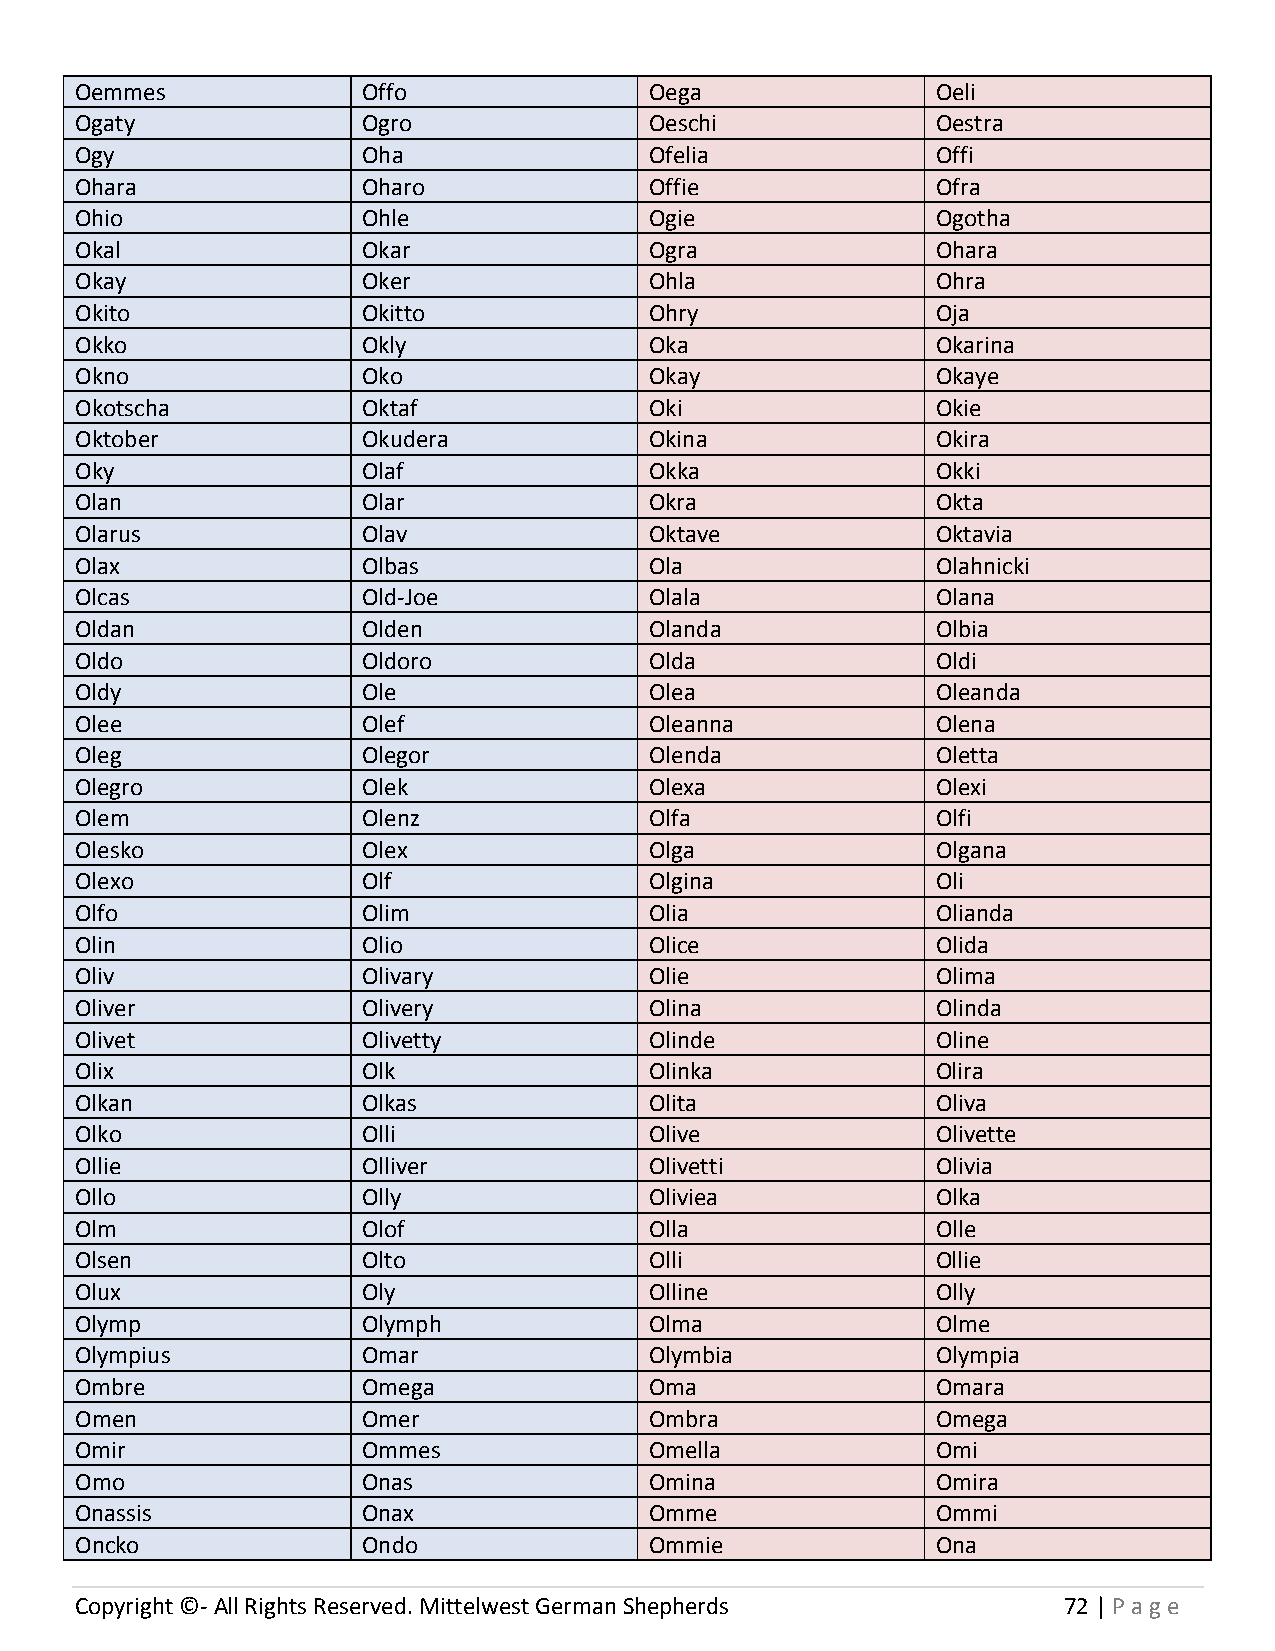
Oemmes             Offo               Oega               Oeli
 Ogaty              Ogro               Oeschi             Oestra
 Ogy                Oha                Ofelia             Offi
 Ohara              Oharo              Offie              Ofra
 Ohio               Ohle               Ogie               Ogotha
 Okal               Okar               Ogra               Ohara
 Okay               Oker               Ohla               Ohra
 Okito              Okitto             Ohry               Oja
 Okko               Okly               Oka                Okarina
 Okno               Oko                Okay               Okaye
 Okotscha           Oktaf              Oki                Okie
 Oktober            Okudera            Okina              Okira
 Oky                Olaf               Okka               Okki
 Olan               Olar               Okra               Okta
 Olarus             Olav               Oktave             Oktavia
 Olax               Olbas              Ola                Olahnicki
 Olcas              Old-Joe            Olala              Olana
 Oldan              Olden              Olanda             Olbia
 Oldo               Oldoro             Olda               Oldi
 Oldy               Ole                Olea               Oleanda
 Olee               Olef               Oleanna            Olena
 Oleg               Olegor             Olenda             Oletta
 Olegro             Olek               Olexa              Olexi
 Olem               Olenz              Olfa               Olfi
 Olesko             Olex               Olga               Olgana
 Olexo              Olf                Olgina             Oli
 Olfo               Olim               Olia               Olianda
 Olin               Olio               Olice              Olida
 Oliv               Olivary            Olie               Olima
 Oliver             Olivery            Olina              Olinda
 Olivet             Olivetty           Olinde             Oline
 Olix               Olk                Olinka             Olira
 Olkan              Olkas              Olita              Oliva
 Olko               Olli               Olive              Olivette
 Ollie              Olliver            Olivetti           Olivia
 Ollo               Olly               Oliviea            Olka
 Olm                Olof               Olla               Olle
 Olsen              Olto               Olli               Ollie
 Olux               Oly                Olline             Olly
 Olymp              Olymph             Olma               Olme
 Olympius           Omar               Olymbia            Olympia
 Ombre              Omega              Oma                Omara
 Omen               Omer               Ombra              Omega
 Omir               Ommes              Omella             Omi
 Omo                Onas               Omina              Omira
 Onassis            Onax               Omme               Ommi
 Oncko              Ondo               Ommie              Ona
 Copyright ©- All Rights Reserved. Mittelwest German Shepherds    72 | P age